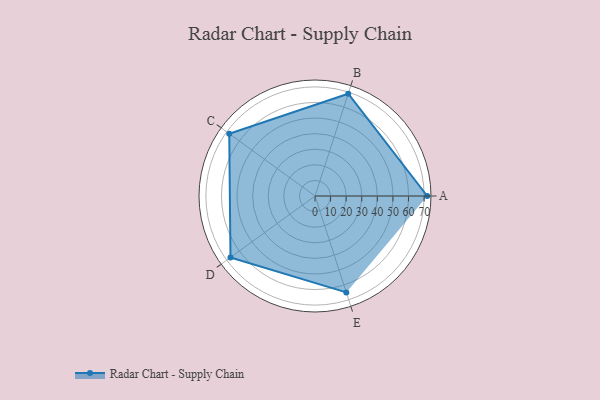
{"axis": {"x": "Skill", "y": "Score"}, "legend": ["Profile"], "data": [{"x": "A", "y": 72.0, "type": "Profile"}, {"x": "B", "y": 69.0, "type": "Profile"}, {"x": "C", "y": 68.0, "type": "Profile"}, {"x": "D", "y": 67.0, "type": "Profile"}, {"x": "E", "y": 65.0, "type": "Profile"}]}